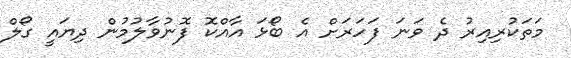
މަތަކުރިއިރު ދެ ވަނަ ފަހަރަށް އެ ބޯޅަ އާއްކޮ ފޮނުވާލުމުން ދިޔައީ ގޯލް